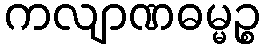
ကလျာဏဓမ္မဉ္စ